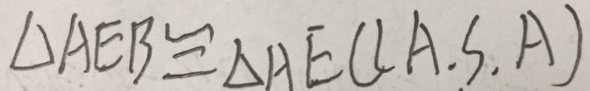
\Delta A E B \cong \Delta A E C ( A . S . A )